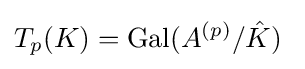
T_{p}(K)=\mathrm {Gal} (A^{(p)}/{\hat {K}})\